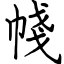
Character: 帴